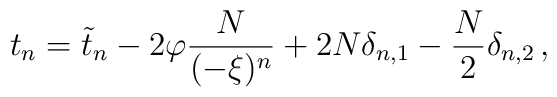
t_n=\tilde t_n -2\varphi\frac{N}{(-\xi)^n}+2N\delta_{n,1}-\frac{N}{2}\delta_{n,2}\,,